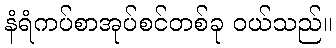
နံရံကပ်စာအုပ်စင်တစ်ခု ဝယ်သည်။